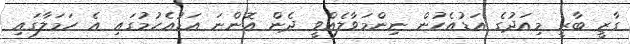
ގާޒީ ބާރީ މިއަދުގެ އަޑުއެހުން ނިންމަވާލެއްވީ ދެން އޮންނަ އަޑުއެހުމުގައި އެ ހަމަލާގައި